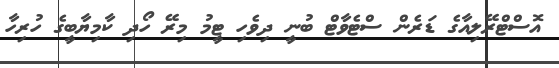
އޮސްޓްރޭލިއާގެ ޑަރެން ސްޓެވާޓް ބުނީ ދިވެހި ޓީމު މިރޭ ހޯދި ކާމިޔާބީގެ ހުރިހާ